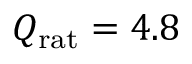
Q _ { \mathrm { r a t } } = 4 . 8